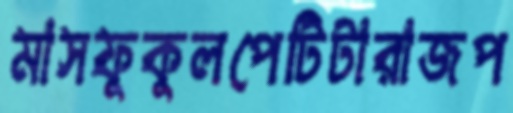
মাসফুকুলপেটিটারাজপ